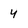
Character: 4